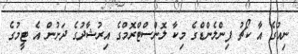
ނިއުގެ އާ ކޯޗު ފިންލެންޑްގެ މިކާ ލޮންސްޓްރޮމްގެ އިރުޝާދުގެ ދަށުން އެ ޓީމުގެ